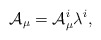
\begin{align*}{\cal A}_{\mu} = {\cal A}_{\mu}^i \lambda^i,\end{align*}